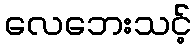
လေဘေးသင့်